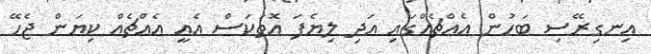
އިނގިރޭސި ބަހުން އެއްޗެއްގައި އަދި ލިޔެފަ އޮތަކަސް އެއީ އެއްޗެއް ކިޔަން ޖެހޭ